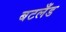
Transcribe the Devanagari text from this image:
बटलँड